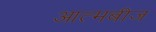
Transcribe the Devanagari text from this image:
आत्मबीज